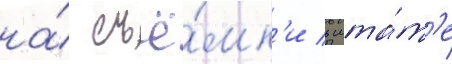
на́ съё́мк'и в шта́т'е